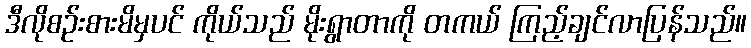
ဒီလိုစဉ်းစားမိမှပင် ကိုယ်သည် မိုးရွာတာကို တကယ် ကြည့်ချင်လာပြန်သည်။